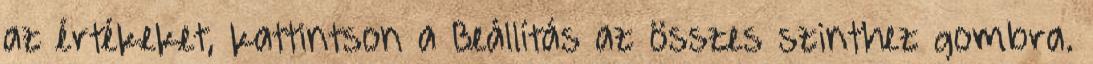
az értékeket, kattintson a Beállítás az összes szinthez gombra.